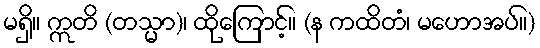
မရှိ။ ဣတိ (တသ္မာ)၊ ထိုကြောင့်။ (န ကထိတံ၊ မဟောအပ်။)